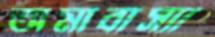
অমাবাস্যা